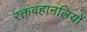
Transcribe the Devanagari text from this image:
रक्तवहानलियों